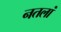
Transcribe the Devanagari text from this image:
नतलां